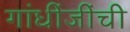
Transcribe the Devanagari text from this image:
गांधींजींची